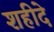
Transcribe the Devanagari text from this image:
शहीदे